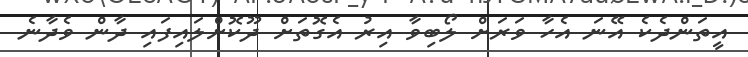
އީތަންދެކެ އޭނަ އެހާ ވަރަށް ލޯބިވާ އިރު އެގޮތަށް ދޫކޮށްލައިފައި ދާން ވެދާނެ